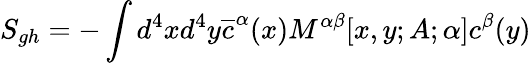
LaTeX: S_{gh}=-\int d^{4}xd^{4}y\overline{{{c}}}^{\alpha}(x)M^{\alpha\beta}[x,y;A;\alpha]c^{\beta}(y)